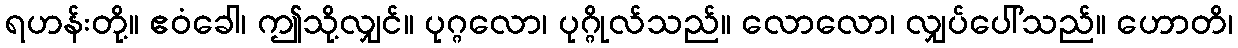
ရဟန်းတို့။ ဧဝံခေါ၊ ဤသို့လျှင်။ ပုဂ္ဂလော၊ ပုဂ္ဂိုလ်သည်။ လောလော၊ လျှပ်ပေါ်သည်။ ဟောတိ၊